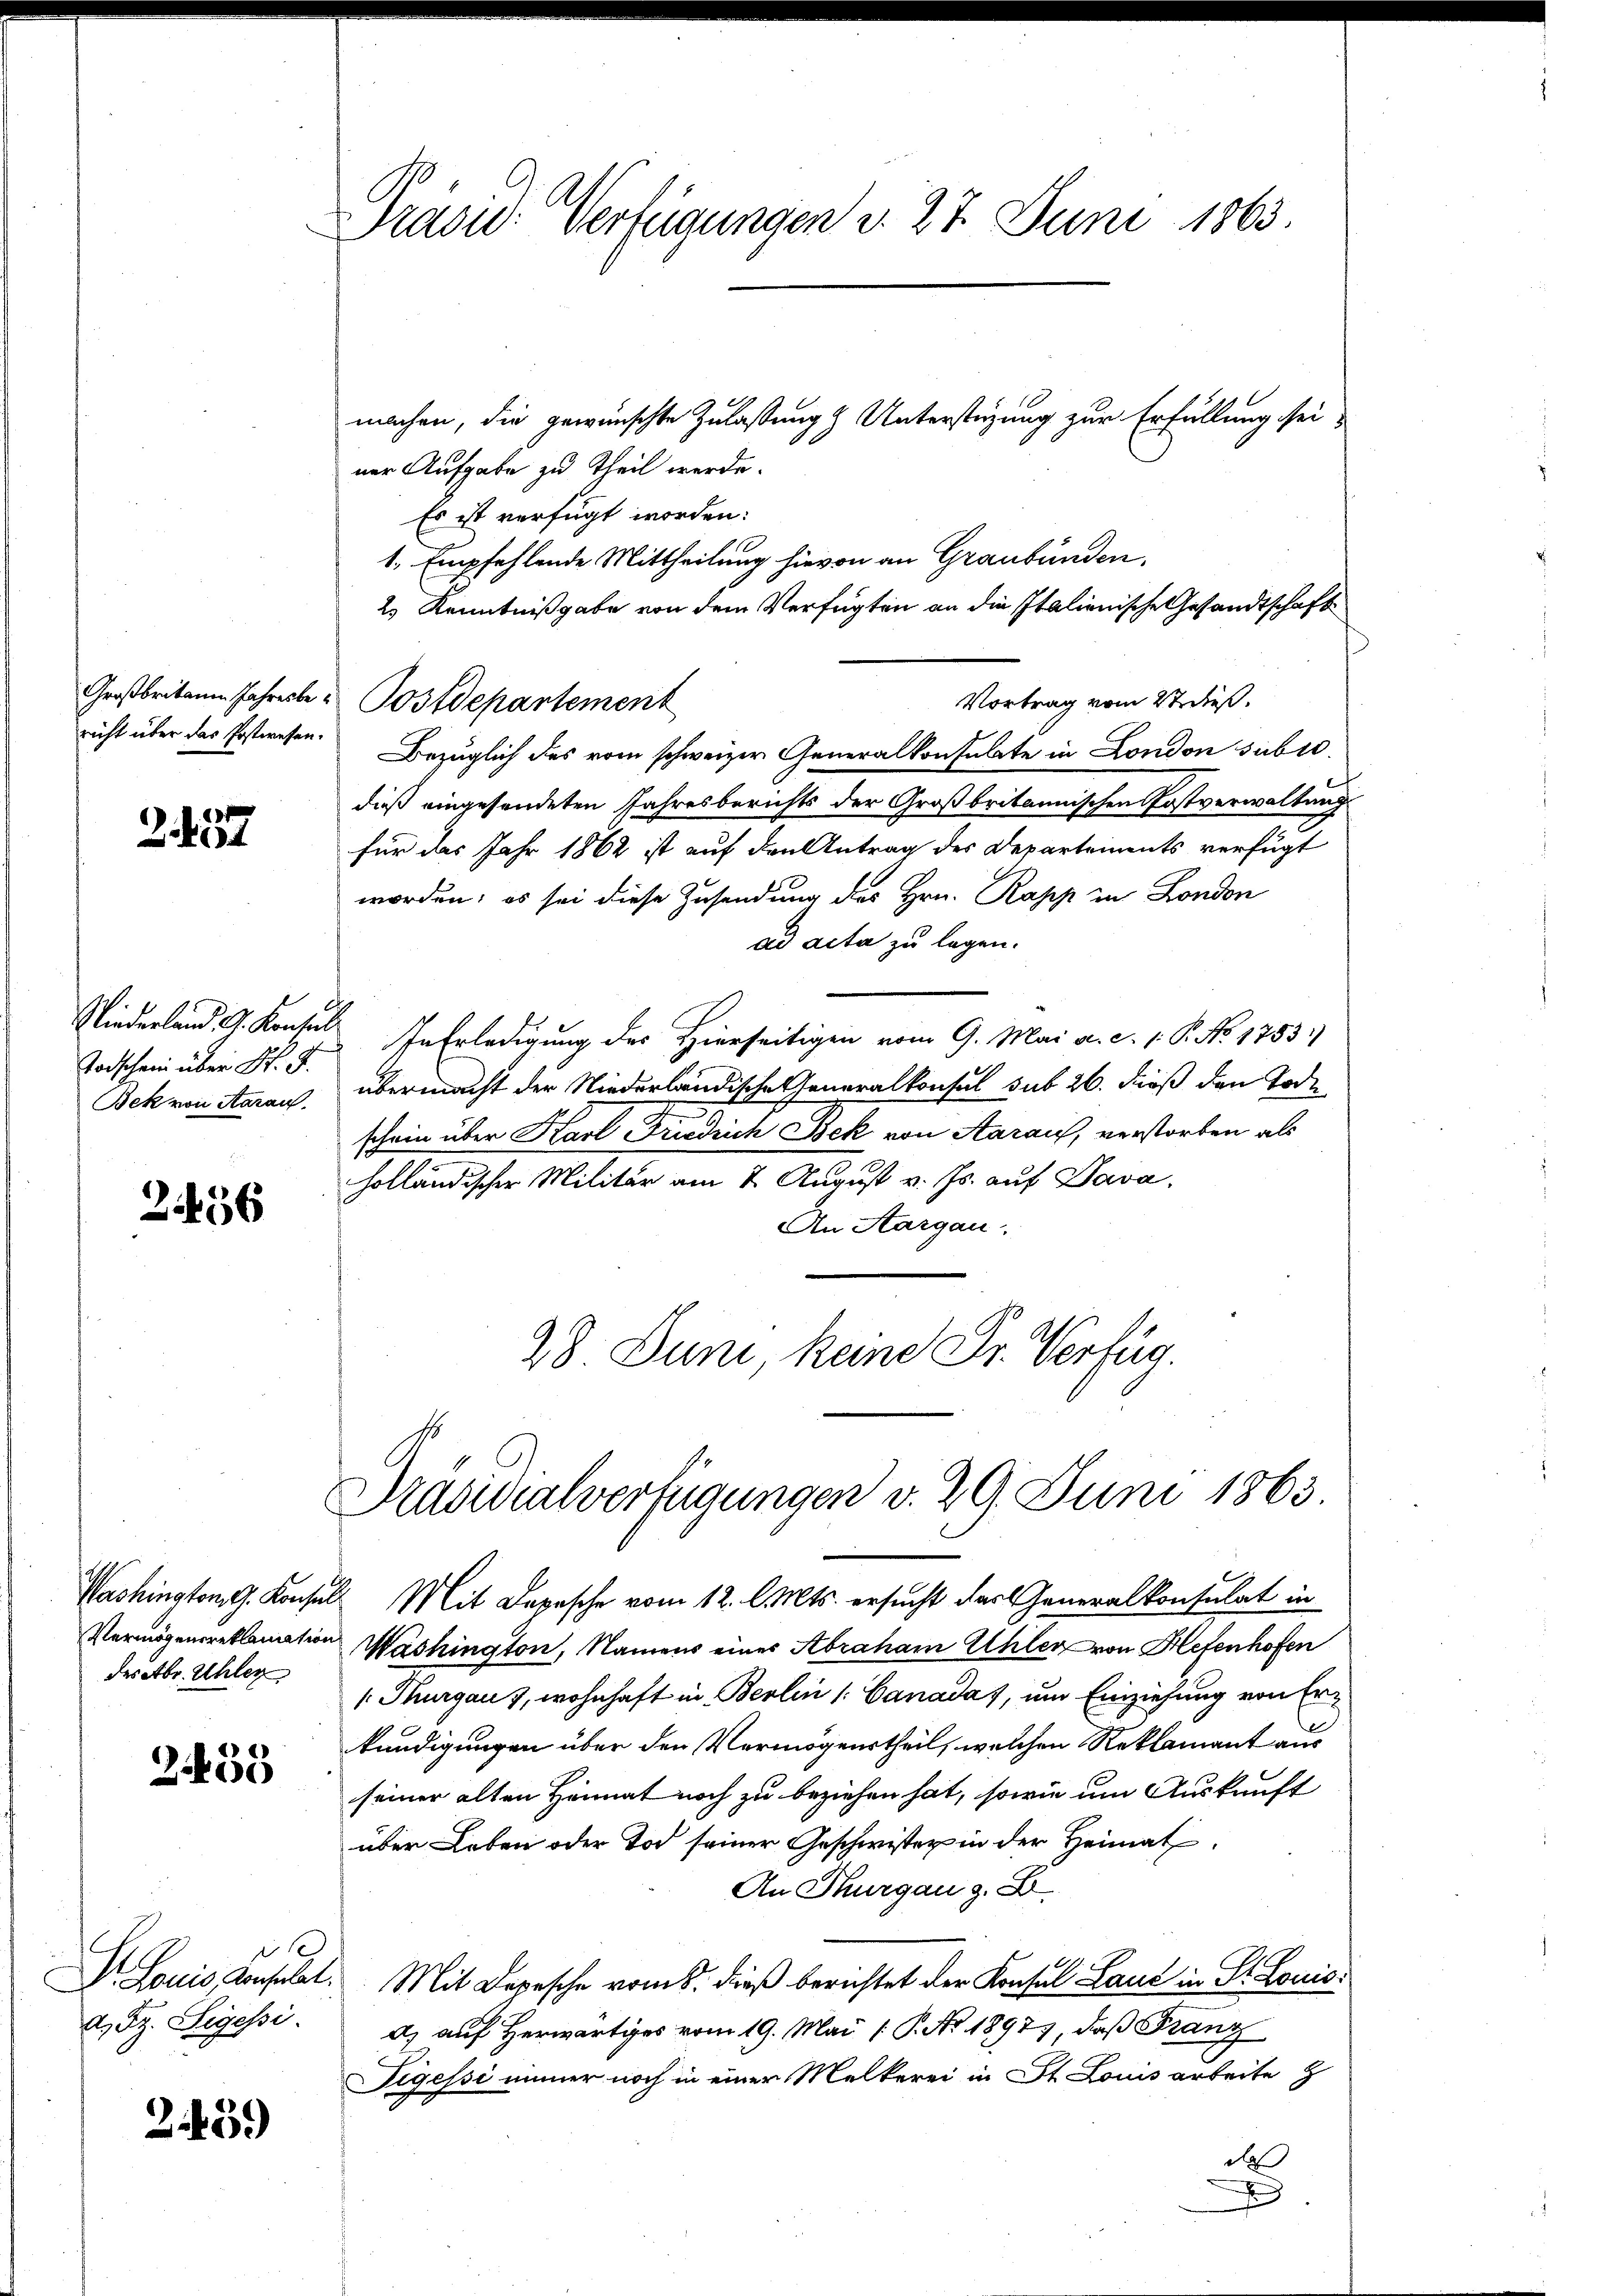
Z. 457

Todschein über St. G.
Bek von Aarau

2456

des Abr. Ahler

2455

a. Fr. Segessi

2459

Präsid. Verfügungen v. 27. Juni 1863.

ner Aufgabe zu Theil werde.
Es ist verfügt worden:
1. Empfehlende Mittheilung hievon an Graubünden.
2.) Kenntnißgabe von dem Verfügten an die Italienische Gesandtschaft
Vortrag vom 2t dieß.
richt über das Postwesen. Bezüglich des vom schweizer Generalkonsulate in London subro
dieß eingesendeten Jahresberichts der Großbritannischen Postverwaltung
für das Jahr 1862 ist auf den Antrag des Departements verfügt
worden; es sei diese Zusendung des Hrn. Rapp in London
ad acta zu legen.
Niederland 4. Konsul In Erledigung des Hierseitigen vom 9. Mai a. c. 1. P. No. 1755)
übermacht der Niederländische Generalkonsul sub 26. dieß den Tode
schein über Karl Friedrich Bek von Aaraus, verstorben als
holländischer Militär am 2. August v. Js. auf Dava,
An Aargau.
28. Juni, keine Dr. Verfüg

Großbritain Jahreste Postdepartement

machen, die gewünschte Zulaßung & Unterstüzung zur Erfüllung sei

Präsidialverfügungen d. 29. Juni 1863.

Washington G. Konsul Mit Depesche vom 12. l. Mts. ersucht das Generalkonsulat in
Vermögensreklamation Washington, Namens eines Abraham Uhler von Hefenhofen
[Thurgau, wohnhaft in Berlin /: Canadas, um Einziehung von Erkundigungen über den Vermögenstheil, welchen Reklamant aus
seiner alten Heimat noch zu beziehen hat, sowie um Auskunft
über Leben oder Tod seiner Geschwister in der Heimat
An Thurgau z. B.
Dr. Louis Konsulat. Mit Depesche vom 8. dieß berichtet der Konsul Land in St. Louis
d) auf Herwärtiges vom 19. Mai [P. Nr. 1897, daß Franz
Tegessi immer noch in einer Melkerei in St. Louis arbeite z
d